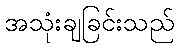
အသုံးချခြင်းသည်